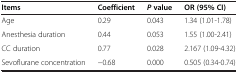
| Items | Coefficient | P value | OR (95% CI) |
 | --- | --- | --- | --- |
 | Age | 0.29 | 0.043 | 1.34 (1.01-1.78) |
 | Anesthesia duration | 0.44 | 0.053 | 1.55 (1.00-2.41) |
 | CC duration | 0.77 | 0.028 | 2.167 (1.09-4.32) |
 | Sevoflurane concentration | -0.68 | 0.000 | 0.505 (0.34-0.74) |